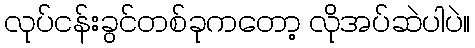
လုပ်ငန်းခွင်တစ်ခုကတော့ လိုအပ်ဆဲပါပဲ။